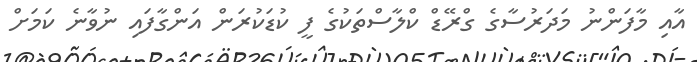
އާއި މާފަންނު މަދަރުސާގެ ގްރޭޑް ކްލާސްތަކުގެ ފީ ކުޑަކުރަން އަންގާފައި ނުވާނެ ކަމަށް